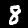
Label: 8